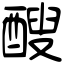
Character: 醙